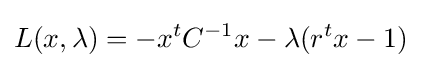
L(x,\lambda )=-x^{t}C^{-1}x-\lambda (r^{t}x-1)